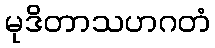
မုဒိတာသဟဂတံ